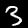
Label: 3